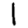
Digit: 1